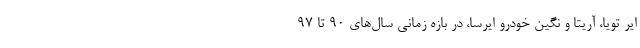
ایر تویا، آریتا و نگین خودرو ایرسا، در بازه زمانی سال‌های ۹۰ تا ۹۷